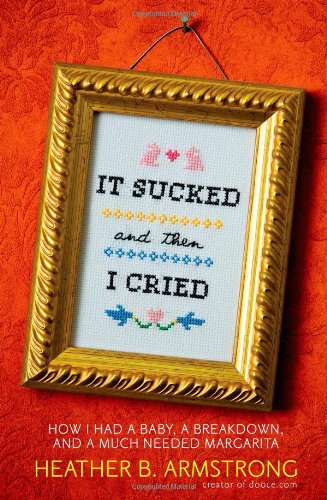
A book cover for It Sucked and Then I Cried: How I Had a Baby, a Breakdown, and a Much Needed Margarita; Heather Armstrong; Health, Fitness & Dieting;